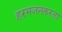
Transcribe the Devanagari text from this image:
हरभजनकरता